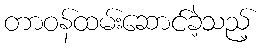
တာဝန်ထမ်းဆောင်ခဲ့သည့်